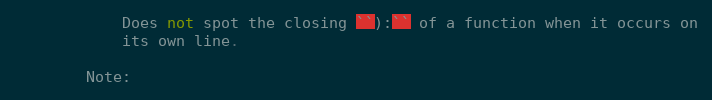
Language: Python
            Does not spot the closing ``):`` of a function when it occurs on
            its own line.

        Note: